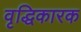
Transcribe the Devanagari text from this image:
वृद्धिकारक